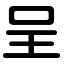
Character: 呈